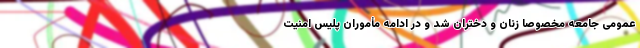
عمومی جامعه مخصوصا زنان و دختران شد و در ادامه مأموران پلیس امنیت